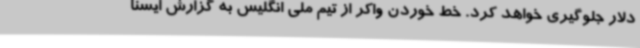
دلار جلوگیری خواهد کرد. خط خوردن واکر از تیم ملی انگلیس به گزارش ایسنا